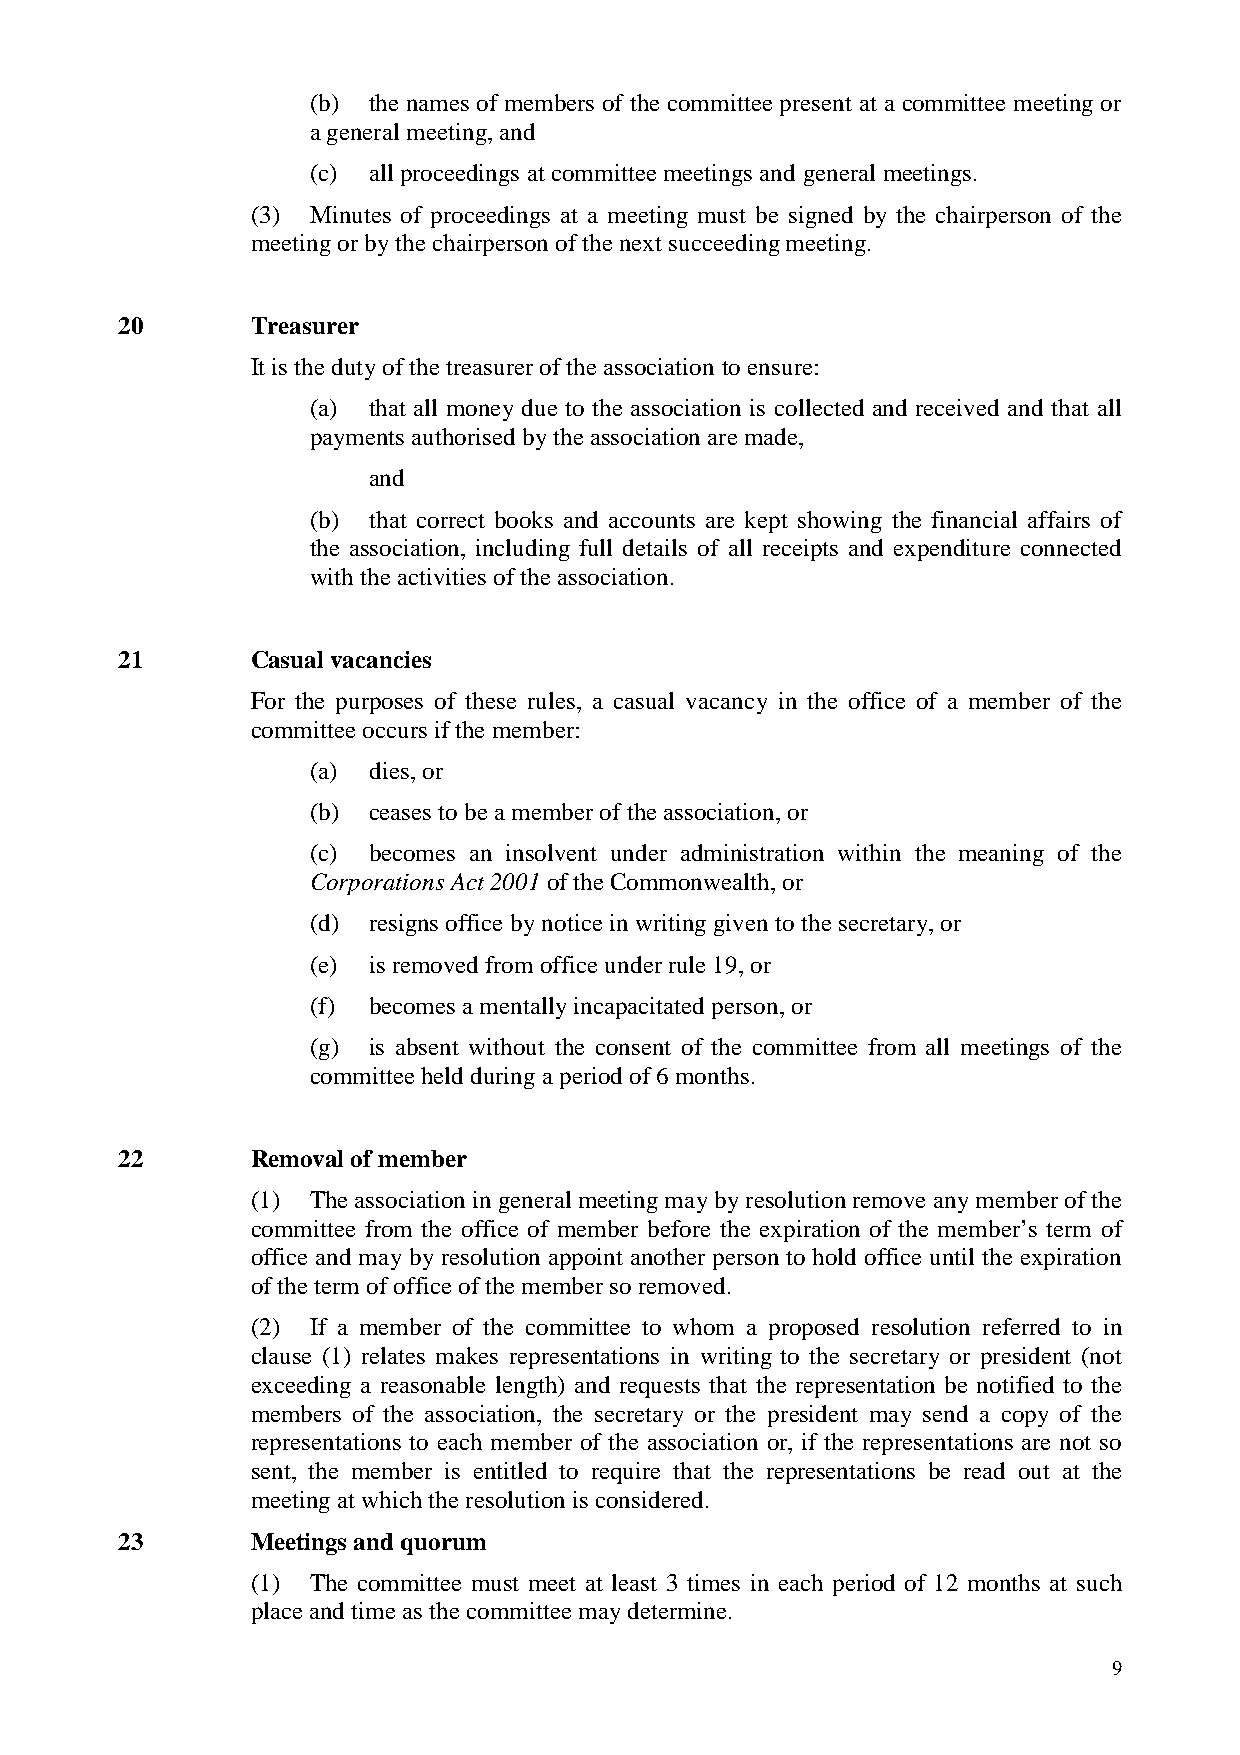
(b) the names of members of the committee present at a committee meeting or
 a general meeting, and
 (c) all proceedings at committee meetings and general meetings.
 (3) Minutes of proceedings at a meeting must be signed by the chairperson of the
 meeting or by the chairperson of the next succeeding meeting.
 20       Treasurer
 It is the duty of the treasurer of the association to ensure:
 (a) that all money due to the association is collected and received and that all
 payments authorised by the association are made,
 and
 (b) that correct books and accounts are kept showing the financial affairs of
 the association, including full details of all receipts and expenditure connected
 with the activities of the association.
 21       Casual vacancies
 For the purposes of these rules, a casual vacancy in the office of a member of the
 committee occurs if the member:
 (a) dies, or
 (b) ceases to be a member of the association, or
 (c) becomes an insolvent under administration within the meaning of the
 Corporations Act 2001 of the Commonwealth, or
 (d) resigns office by notice in writing given to the secretary, or
 (e) is removed from office under rule 19, or
 (f) becomes a mentally incapacitated person, or
 (g) is absent without the consent of the committee from all meetings of the
 committee held during a period of 6 months.
 22       Removal of member
 (1) The association in general meeting may by resolution remove any member of the
 committee from the office of member before the expiration of the member’s term of
 office and may by resolution appoint another person to hold office until the expiration
 of the term of office of the member so removed.
 (2) If a member of the committee to whom a proposed resolution referred to in
 clause (1) relates makes representations in writing to the secretary or president (not
 exceeding a reasonable length) and requests that the representation be notified to the
 members of the association, the secretary or the president may send a copy of the
 representations to each member of the association or, if the representations are not so
 sent, the member is entitled to require that the representations be read out at the
 meeting at which the resolution is considered.
 23       Meetings and quorum
 (1) The committee must meet at least 3 times in each period of 12 months at such
 place and time as the committee may determine.
 9